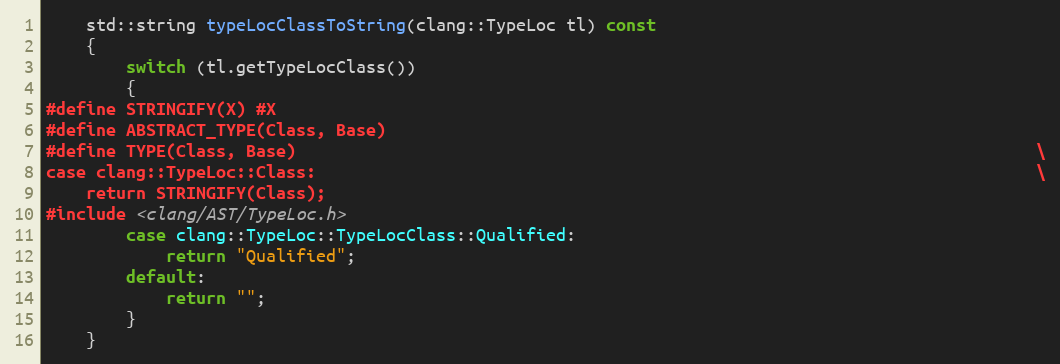
Language: C
	std::string typeLocClassToString(clang::TypeLoc tl) const
	{
		switch (tl.getTypeLocClass())
		{
#define STRINGIFY(X) #X
#define ABSTRACT_TYPE(Class, Base)
#define TYPE(Class, Base)                                                                          \
case clang::TypeLoc::Class:                                                                        \
	return STRINGIFY(Class);
#include <clang/AST/TypeLoc.h>
		case clang::TypeLoc::TypeLocClass::Qualified:
			return "Qualified";
        default:
            return "";
		}
	}